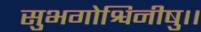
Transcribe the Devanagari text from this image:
सुभगोश्विनीषु।।